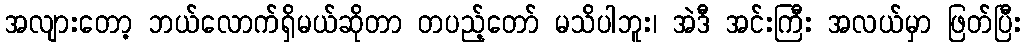
အလျားတော့ ဘယ်လောက်ရှိမယ်ဆိုတာ တပည့်တော် မသိပါဘူး၊ အဲဒီ အင်းကြီး အလယ်မှာ ဖြတ်ပြီး